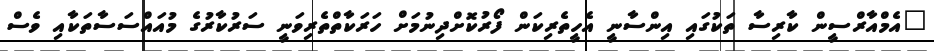
"އެމްއާރްސީން ކާރިސާ ތަކުގައި އިންސާނީ އެހީތެރިކަން ފޯރުކޮށްދިނުމަށް ހަރަކާތްތެރިވަނީ ސަރުކާރުގެ މުއައްސަސާތަކާއި ވެސް